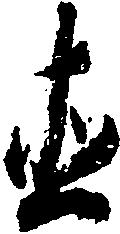
直